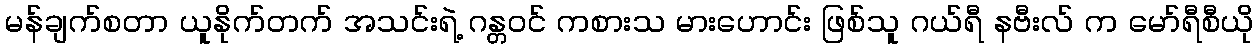
မန်ချက်စတာ ယူနိုက်တက် အသင်းရဲ့ ဂန္တဝင် ကစားသ မားဟောင်း ဖြစ်သူ ဂယ်ရီ နဗီးလ် က မော်ရီစီယို